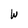
Character: W